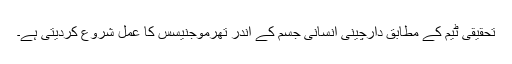
تحقیقی ٹیم کے مطابق دارچینی انسانی جسم کے اندر تھرموجنیسس کا عمل شروع کردیتی ہے۔